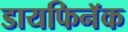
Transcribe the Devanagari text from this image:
डायफिनॅक